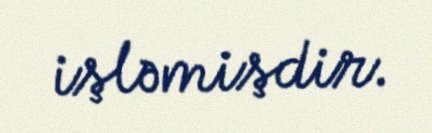
işləmişdir.